Report on plague and inoculation in the Punjab from October 1st ... to September 30th..., being the ... season of plague in the province
Disease focus: Plague
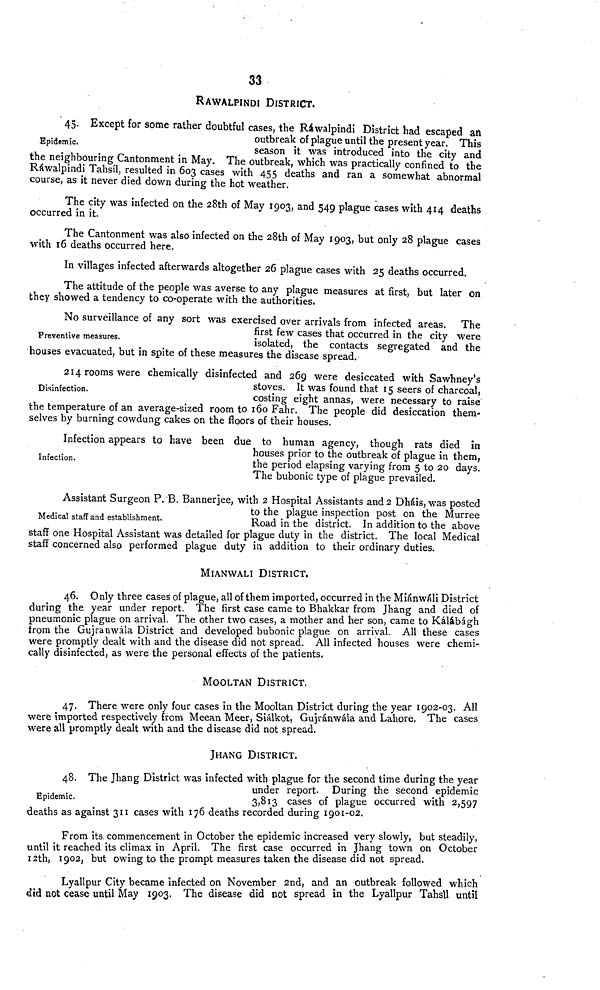
33
RAWALPINDI DISTRICT.
Epidemic.
45. Except for some rather doubtful cases, the Rawalpindi District had escaped an
outbreak of plague until the present year. This
season it was introduced into the city and
the neighbouring Cantonment in May. The outbreak, which was practically confined to the
Rawalpindi Tahsil, resulted in 603 cases with 455 deaths and ran a somewhat abnormal
course, as it never died down during the hot weather.
The city was infected on the 28th of May 1903, and 549 plague cases with 414 deaths
occurred in it.
The Cantonment was also infected on the 28th of May 1903, but only 28 plague cases
with r6 deaths occurred here.
In villages infected afterwards altogether 26 plague cases with 25 deaths occurred.
The attitude of the people was averse to any plague measures at first, but later on
they showed a tendency to co-operate with the authorities.
Preventive measures.
No surveillance of any sort was exercised over arrivals from infected areas. The
first few cases that occurred in the city were
isolated, the contacts segregated and the
houses evacuated, but in spite of these measures the disease spread.
Disinfection.
214 rooms were chemically disinfected and 269 were desiccated with Sawhney's
stoves. It was found that 15 seers of charcoal,
costing eight annas, were necessary to raise
the temperature of an average-sized room to 160 Fahr. The people did desiccation them-
selves by burning cowdung cakes on the floors of their houses.
Infection-
Infection appears to have been due to human agency, though rats died in
houses prior to the outbreak of plague in them,
the period elapsing varying from 5 to 20 days.
The bubonic type of plague prevailed.
Medical staff and establishment.
Assistant Surgeon P.B. Bannerjee, with 2 Hospital Assistants and 2 Dháis, was posted
to the plague inspection post on the Murree
Road in the district. In addition to the above
staff one Hospital Assistant was detailed for plague duty in the district. The local Medical
staff concerned also performed plague duty in addition to their ordinary duties.
MIANWALI DISTRICT.
46. Only three cases of plague, all of them imported, occurred in the Miánwáli District
during the year under report. The first case came to Bhakkar from Jhang and died of
pneumonic plague on arrival. The other two cases, a mother and her son, came to Kálábágh
from the Gujranwala District and developed bubonic plague on arrival. All these cases
were promptly dealt with and the disease did not spread. All infected houses were chemi-
cally disinfected, as were the personal effects of the patients.
MOOLTAN DISTRICT.
47. There were only four cases in the Mooltan District during the year 1902-03. All
were imported respectively from Meean Meer, Siálkot, Gujránwála and Lahore. The cases,
were all promptly dealt with and the disease did not spread.
JHANG DISTRICT.
Epidemic.
48. The Jhang District was infected with plague for the second time during the year
under report. During the second epidemic
3,813 cases of plague occurred with 2,597
deaths as against 311 cases with 176 deaths recorded during 1901-02.
From its commencement in October the epidemic increased very slowly, but steadily,
until it reached its climax in April. The first case occurred in Jhang town on October
12th, 1902, but owing to the prompt measures taken the disease did not spread.
Lyallpur City became infected on November 2nd, and an outbreak followed which
did not cease until May 1903. The disease did not spread in the Lyallpur Tahsil until